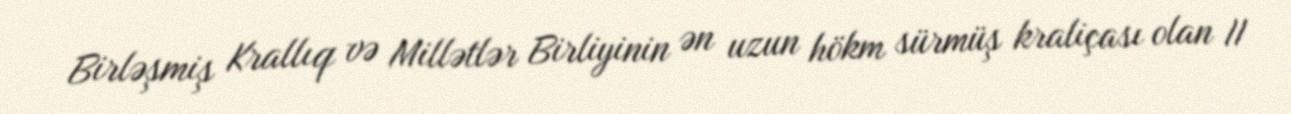
Birləşmiş Krallıq və Millətlər Birliyinin ən uzun hökm sürmüş kraliçası olan II